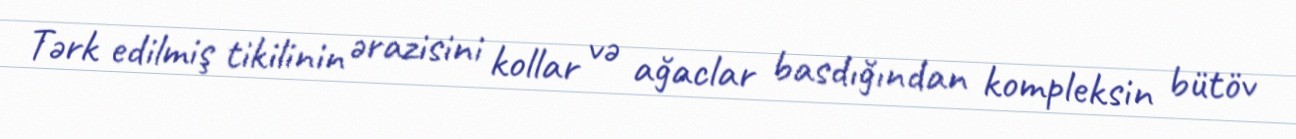
Tərk edilmiş tikilinin ərazisini kollar və ağaclar basdığından kompleksin bütöv